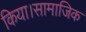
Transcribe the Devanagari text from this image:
किया।सामाजिक